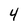
Character: 4